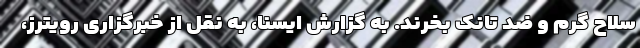
سلاح گرم و ضد تانک بخرند. به گزارش ایسنا، به نقل از خبرگزاری رویترز،